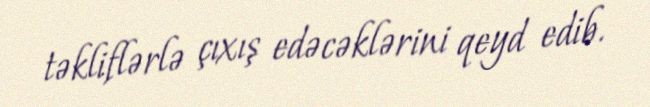
təkliflərlə çıxış edəcəklərini qeyd edib.